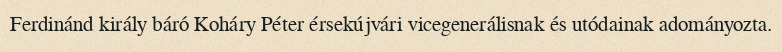
Ferdinánd király báró Koháry Péter érsekújvári vicegenerálisnak és utódainak adományozta.